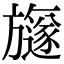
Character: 旞